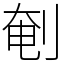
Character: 剦